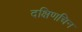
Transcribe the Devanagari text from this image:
दक्षिणचिन